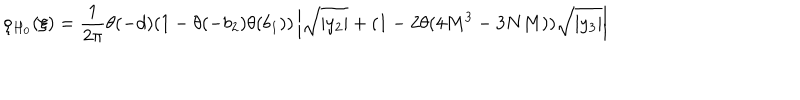
LaTeX: \rho _ { H _ { 0 } } ( \xi ) = \frac { 1 } { 2 \pi } \theta ( - d ) ( 1 - \theta ( - b _ { 2 } ) \theta ( b _ { 1 } ) ) \left| \sqrt { | y _ { 2 } | } + ( 1 - 2 \theta ( 4 M ^ { 3 } - 3 N M ) ) \sqrt { | y _ { 3 } | } \right|